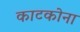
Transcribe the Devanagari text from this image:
काटकोना